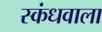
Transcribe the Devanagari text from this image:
स्कंधवाला